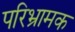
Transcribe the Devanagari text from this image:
परिभ्रामक